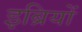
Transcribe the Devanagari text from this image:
इब्रियों